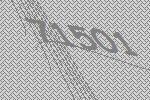
71501